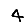
Digit: 4